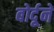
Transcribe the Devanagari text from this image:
बोर्दूने